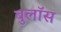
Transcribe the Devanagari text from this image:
बुलॉस